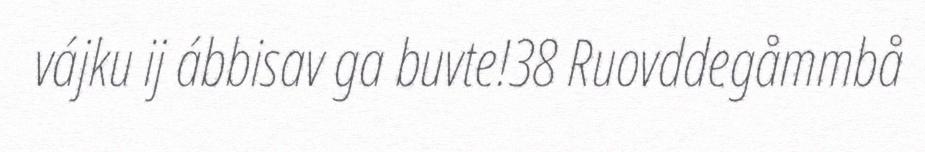
vájku ij ábbisav ga buvte!38 Ruovddegåmmbå